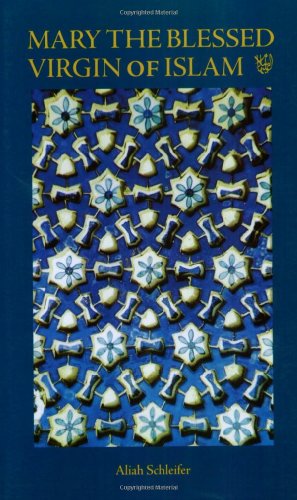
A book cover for Mary the Blessed Virgin of Islam; Aliah Schleifer; Religion & Spirituality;